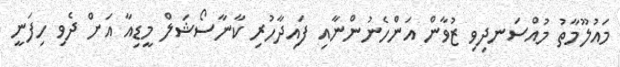
މައުލޫމާތު މުއްސަނދިވި ޒުވާން އަންހެނުންނާއި ފައިދާހުރި ކާނާސޯޝަލް މީޑިއާ އަށް ދެވި ހިފަނީ